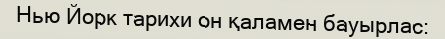
Нью Йорк тарихи он қаламен бауырлас: